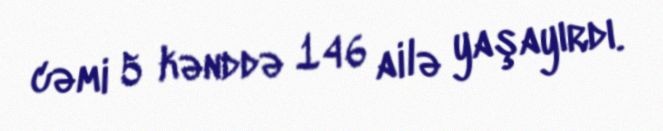
cəmi 5 kənddə 146 ailə yaşayırdı.